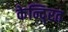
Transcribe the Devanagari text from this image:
केन्दि्रत